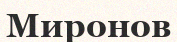
Миронов